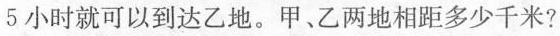
5小时就可以到达乙地。甲、乙两地相距多少千米?